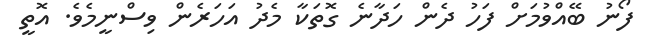
ފޯނު ބޭއްވުމަށް ފަހު ދެން ހަދާނެ ގޮތަކާ މެދު އަހަރެން ވިސްނީމެވެ. އޮތީ